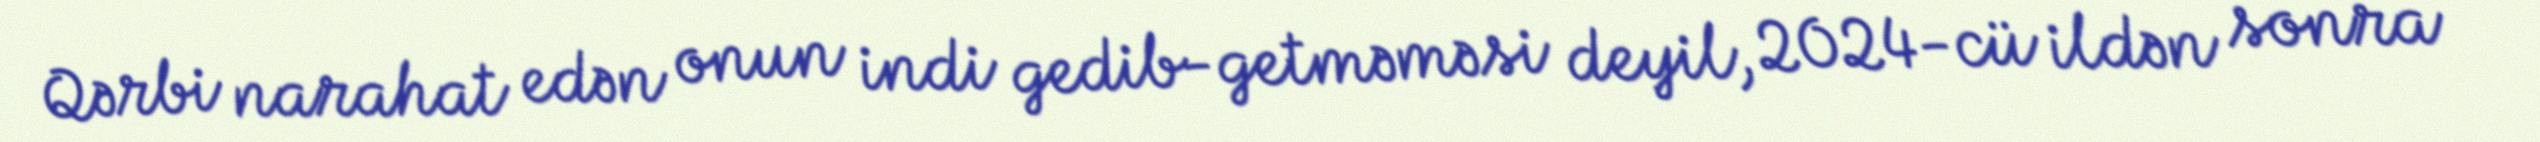
Qərbi narahat edən onun indi gedib-getməməsi deyil, 2024-cü ildən sonra